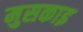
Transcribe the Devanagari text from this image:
मुसकाइ